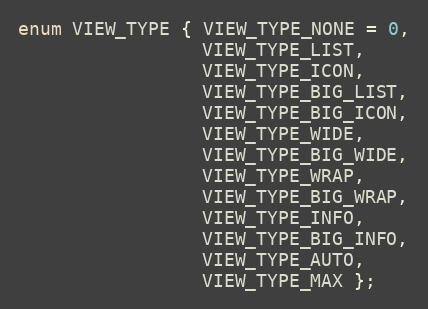
Language: C
enum VIEW_TYPE { VIEW_TYPE_NONE = 0,
                 VIEW_TYPE_LIST,
                 VIEW_TYPE_ICON,
                 VIEW_TYPE_BIG_LIST,
                 VIEW_TYPE_BIG_ICON,
                 VIEW_TYPE_WIDE,
                 VIEW_TYPE_BIG_WIDE,
                 VIEW_TYPE_WRAP,
                 VIEW_TYPE_BIG_WRAP,
                 VIEW_TYPE_INFO,
                 VIEW_TYPE_BIG_INFO,
                 VIEW_TYPE_AUTO,
                 VIEW_TYPE_MAX };